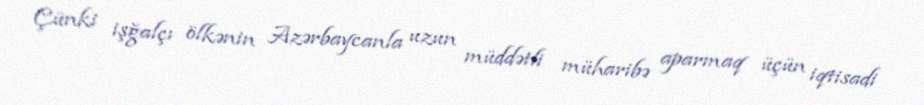
Çünki işğalçı ölkənin Azərbaycanla uzun müddətli müharibə aparmaq üçün iqtisadi